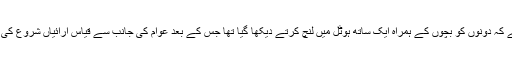
واضح رہے کہ دونوں کو بچوں کے ہمراہ ایک ساتھ ہوٹل میں لنچ کرتے دیکھا گیا تھا جس کے بعد عوام کی جانب سے قیاس آرائیاں شروع کی گئیں تھیں۔